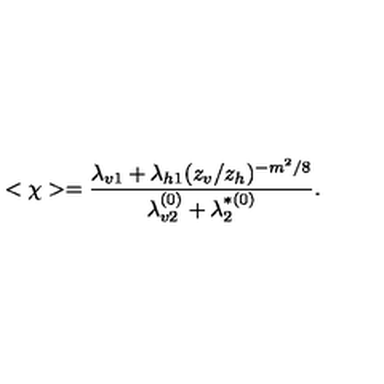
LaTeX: < \chi > = \frac { \lambda _ { v 1 } + \lambda _ { h 1 } ( z _ { v } / z _ { h } ) ^ { - m ^ { 2 } / 8 } } { \lambda _ { v 2 } ^ { ( 0 ) } + \lambda _ { 2 } ^ { * ( 0 ) } } .